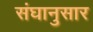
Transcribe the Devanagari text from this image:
संघानुसार